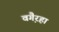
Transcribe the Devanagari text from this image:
वगै़रहा